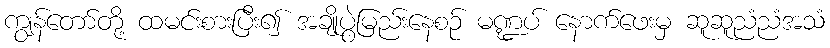
ကျွန်တော်တို့ ထမင်းစားပြီး၍ အချိုပွဲမြည်းနေစဉ် မဏ္ဍပ် နောက်ဖေးမှ ဆူဆူညံညံအသံ